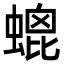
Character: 螕